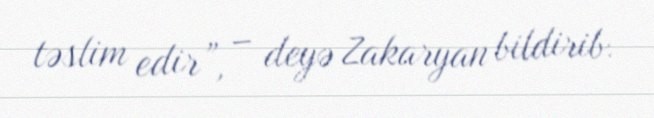
təslim edir”, – deyə Zakaryan bildirib.